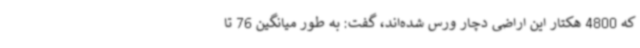
که 4800 هکتار این اراضی دچار ورس شده‌اند، گفت: به طور میانگین 76 تا